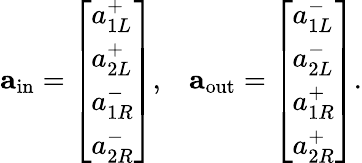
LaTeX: \mathbf{a}_{\mathrm{in}}=\left[\begin{array}{l}{a_{1L}^{+}}\\ {a_{2L}^{+}}\\ {a_{1R}^{-}}\\ {a_{2R}^{-}}\end{array}\right],\; \; \; \mathbf{a}_{\mathrm{out}}=\left[\begin{array}{l}{a_{1L}^{-}}\\ {a_{2L}^{-}}\\ {a_{1R}^{+}}\\ {a_{2R}^{+}}\end{array}\right].